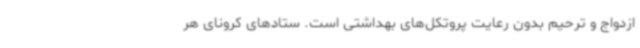
ازدواج و ترحیم بدون رعایت پروتکل‌های بهداشتی است. ستادهای کرونای هر